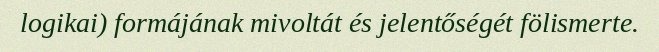
logikai) formájának mivoltát és jelentőségét fölismerte.